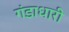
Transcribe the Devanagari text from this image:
गंडाधारी